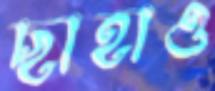
ছাহাও